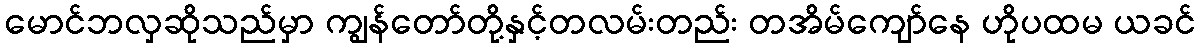
မောင်ဘလှဆိုသည်မှာ ကျွန်တော်တို့နှင့်တလမ်းတည်း တအိမ်ကျော်နေ ဟိုပထမ ယခင်